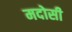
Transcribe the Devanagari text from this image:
मदोसी